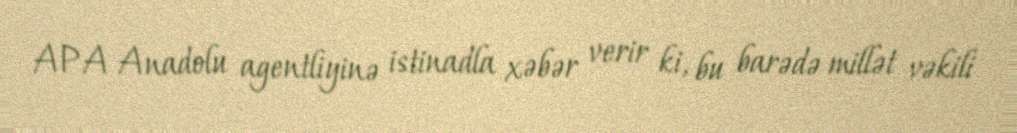
APA Anadolu agentliyinə istinadla xəbər verir ki, bu barədə millət vəkili